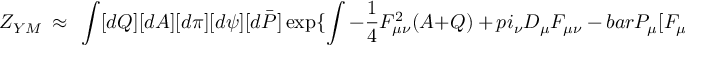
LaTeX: Z _ { Y M } ~ \approx ~ \int [ d Q ] [ d A ] [ d \pi ] [ d \psi ] [ d \bar { \cal P } ] \exp \{ \int - \frac { 1 } { 4 } F _ { \mu \nu } ^ { 2 } ( A + Q ) \ + \, p i _ { \nu } D _ { \mu } F _ { \mu \nu } \ - \, b a r { \cal P } _ { \mu } [ F _ { \mu \nu } , \psi _ { \nu } ]